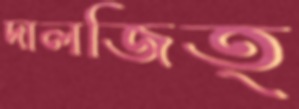
দালজিত্